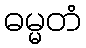
ဓမ္မတံ